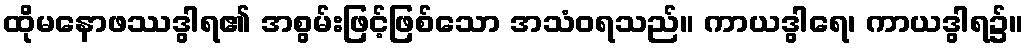
ထိုမနောဖဿဒွါရ၏ အစွမ်းဖြင့်ဖြစ်သော အသံဝရသည်။ ကာယဒွါရေ၊ ကာယဒွါရ၌။